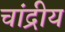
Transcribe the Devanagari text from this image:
चांद्रीय